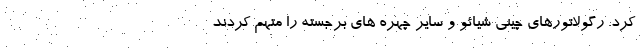
کرد. رگولاتورهای چینی شیائو و سایر چهره های برجسته را متهم کردند